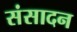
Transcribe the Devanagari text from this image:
संसादन